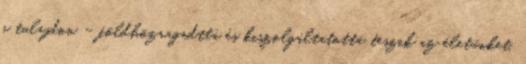
a tulajdon – földhözragadttá és kiszolgáltatottá teszik az életünket.